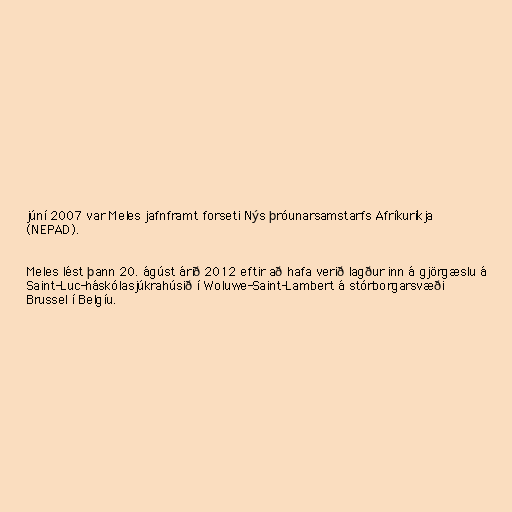
júní 2007 var Meles jafnframt forseti Nýs þróunarsamstarfs Afríkuríkja
(NEPAD).

Meles lést þann 20. ágúst árið 2012 eftir að hafa verið lagður inn á gjörgæslu á
Saint-Luc-háskólasjúkrahúsið í Woluwe-Saint-Lambert á stórborgarsvæði
Brussel í Belgíu.